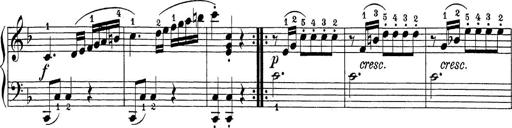
Title: Sonatina Album
Composer: Louis KÃ¶hler